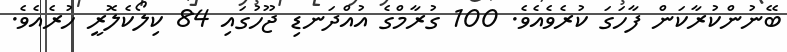
ބޭނުންކުރާކަން ފާހަގަ ކުރެވެއެވެ. 100 ގުރާމްގެ އުއްދަނޑި ޖޫހުގައި 84 ކިލޯކެލޮރީ ހުރެއެވެ.